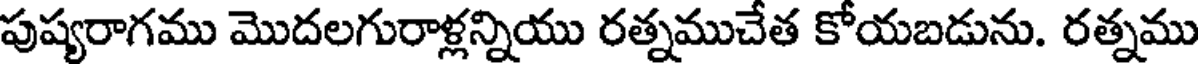
పుష్యరాగము మొదలగురాళ్లన్నియు రత్నముచేత కోయబడును. రత్నము